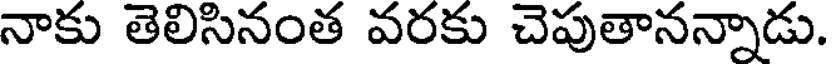
నాకు తెలిసినంత వరకు చెపుతానన్నాడు.